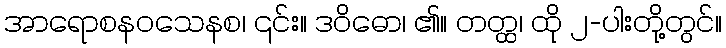
အာရောစနဝသေနစ၊ ၎င်း။ ဒဝိဓော၊ ၏။ တတ္ထ၊ ထို ၂-ပါးတို့တွင်။